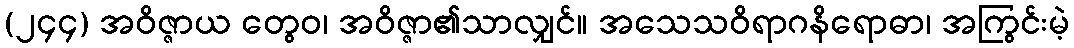
(၂၄၄) အဝိဇ္ဇာယ တွေဝ၊ အဝိဇ္ဇာ၏သာလျှင်။ အသေသဝိရာဂနိရောဓာ၊ အကြွင်းမဲ့